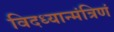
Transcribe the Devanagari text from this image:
विदध्यान्मंत्रिणं